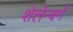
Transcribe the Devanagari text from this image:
शेलेन्बर्ग